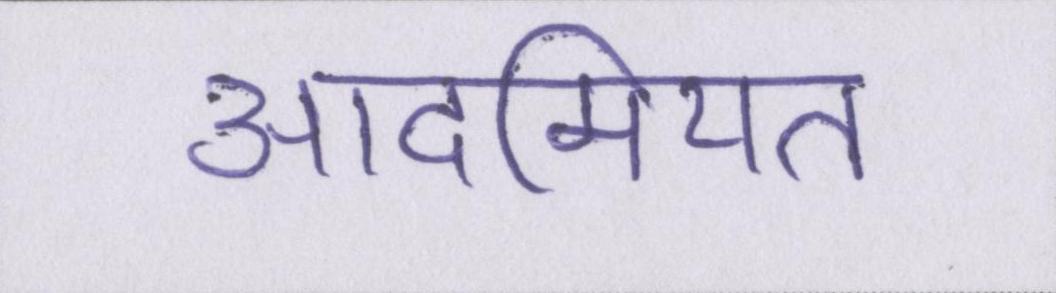
आदमियत